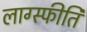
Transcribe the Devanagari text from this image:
लाग्स्फीति